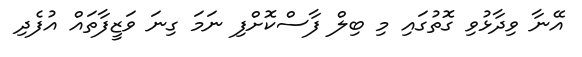
އޭނާ ވިދާޅުވި ގޮތުގައި މި ބިލް ފާސްކޮށްފި ނަމަ ގިނަ ވަޒީފާތައް އުފެދި